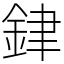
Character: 銉